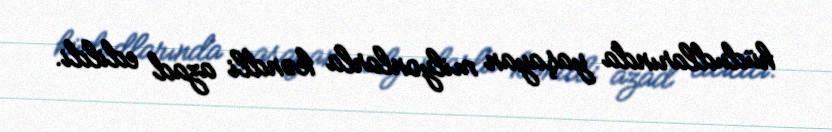
hüdudlarında yaşayan milyonlarla kəndli azad edildi.